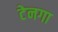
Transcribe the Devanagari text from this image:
टेनगा